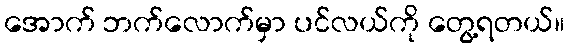
အောက် ဘက်လောက်မှာ ပင်လယ်ကို တွေ့ရတယ်။